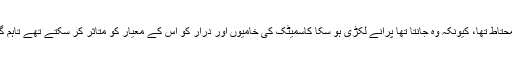
گورودناٹسکا محتاط تھا، کیونکہ وہ جانتا تھا پرانے لکڑی ہو سکا کاسمیٹک کی خامیوں اور درار کو اس کے معیار کو متاثر کر سکتے تھے تاہم گٹار آواز کے ۔